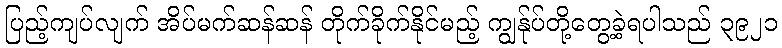
ပြည့်ကျပ်လျက် အိပ်မက်ဆန်ဆန် တိုက်ခိုက်နိုင်မည့် ကျွန်ုပ်တို့တွေ့ခဲ့ရပါသည် ၃၉၂၁